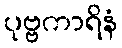
ပုဗ္ဗကာရိနံ